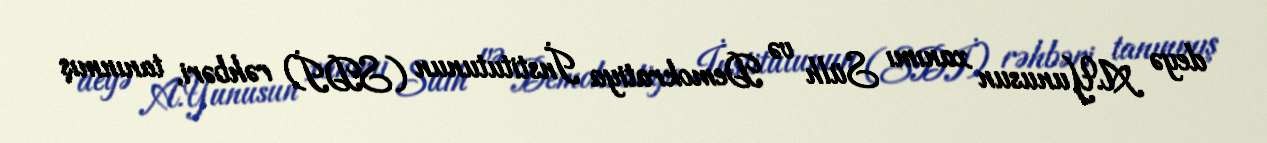
deyə A.Yunusun xanımı Sülh və Demokratiya İnstitutunun (SDİ) rəhbəri, tanınmış